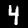
Label: 4